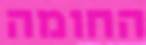
החומה